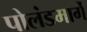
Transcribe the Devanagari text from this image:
पोलंडमार्गे